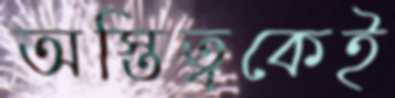
অস্তিত্বকেই